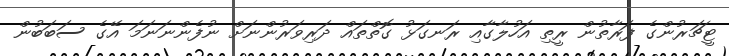
ޓީޗަރުންގެ ފަރާތުން ރީތި އަހުލާގާއި ރަނގަޅު ގޮތްތައް ދަރިވަރުންނަށް ނުފެންނަނަމަ އޭގެ ސަބަބުން